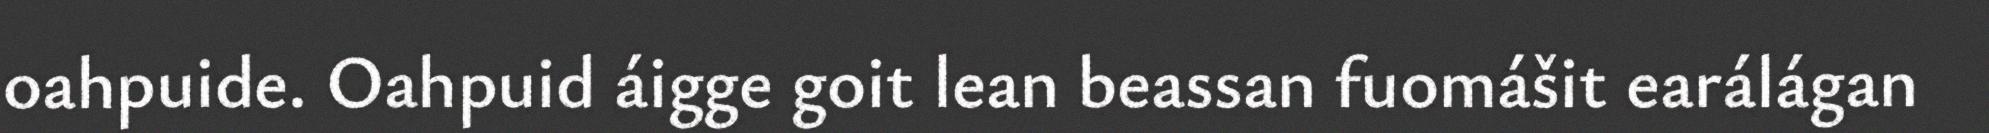
oahpuide. Oahpuid áigge goit lean beassan fuomášit earálágan